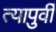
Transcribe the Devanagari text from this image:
त्यापुर्वी